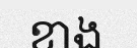
ខាង